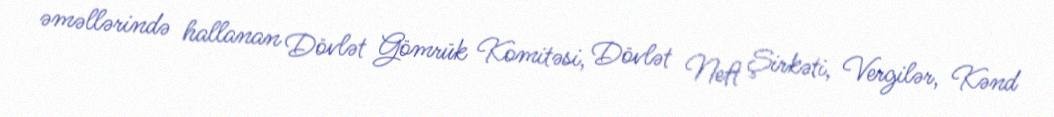
əməllərində hallanan Dövlət Gömrük Komitəsi, Dövlət Neft Şirkəti, Vergilər, Kənd